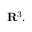
\mathbf { R } ^ { 3 } .